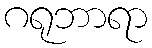
ဂရုဘာရာ